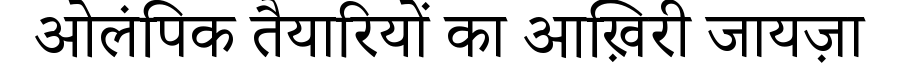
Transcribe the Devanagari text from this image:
ओलंपिक तैयारियों का आख़िरी जायज़ा